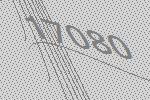
17080